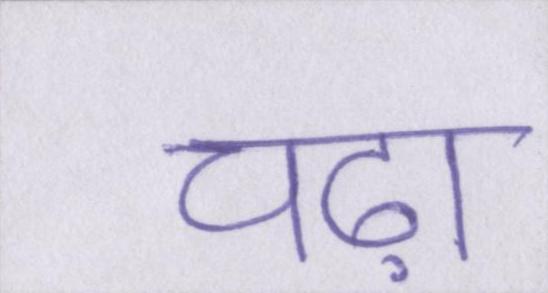
चढ़ा